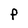
Character: F